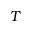
T